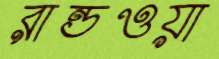
রান্ডওয়া